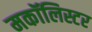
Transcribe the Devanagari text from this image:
मकॉलिस्टर